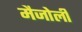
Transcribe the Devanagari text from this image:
मैजोली